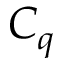
C _ { q }